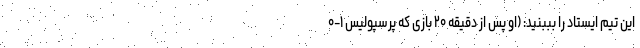
این تیم ایستاد را بببنید: (او پس از دقیقه ۲۰ بازی که پرسپولیس ۱-۰